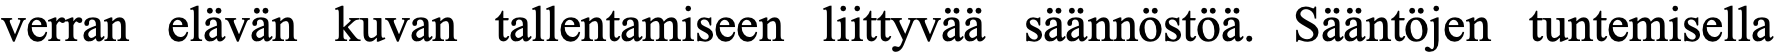
verran elävän kuvan tallentamiseen liittyvää säännöstöä. Sääntöjen tuntemisella